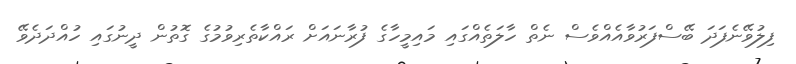
ފިލުވޭނެފަދަ ބޭސްފަރުވާއެއްވެސް ނެތް ހާލަތެއްގައި މައިމީހާގެ ފުރާނައަށް ރައްކާތެރިވުމުގެ ގޮތުން ދީނުގައި ހުއްދަދެވޭ